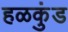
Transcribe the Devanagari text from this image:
हळकुंड